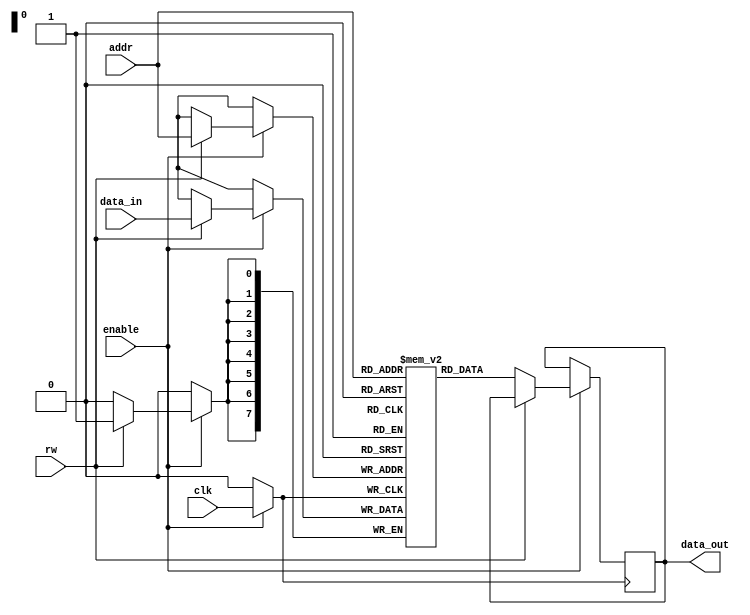
module memory_block(
    input wire clk,          // Primary clock signal
    input wire enable,       // Enable signal for memory operations
    input wire [7:0] addr,   // Memory address (example width)
    input wire [7:0] data_in, // Data input for write operations
    input wire rw,           // Read/Write control (1 = Write, 0 = Read)
    output reg [7:0] data_out // Data output for read operations
);

// Memory array (example size)
reg [7:0] memory [0:255]; // 256 x 8-bit memory

// Gated clock signal
wire gated_clk;
reg gated_enable;

// Clock Gating Cell: Gated clock logic
always @(*) begin
    gated_enable = enable; // Use enable signal directly for gating
end

assign gated_clk = gated_enable ? clk : 1'b0; // Gated clock logic

// Memory Operations using gated clock
always @(posedge gated_clk) begin
    if (enable) begin
        if (rw) begin
            // Write operation
            memory[addr] <= data_in;
        end else begin
            // Read operation
            data_out <= memory[addr];
        end
    end
end

endmodule